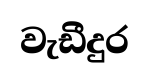
වැඩීදුර